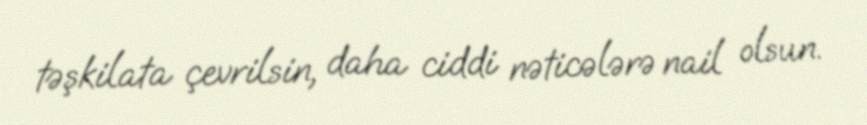
təşkilata çevrilsin, daha ciddi nəticələrə nail olsun.